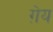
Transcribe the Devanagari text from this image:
ग़ेय